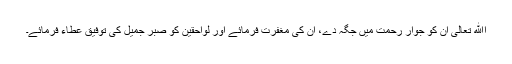
اﷲ تعالیٰ ان کو جوار رحمت میں جگہ دے، ان کی مغفرت فرمائے اور لواحقین کو صبر جمیل کی توفیق عطاء فرمائے۔